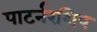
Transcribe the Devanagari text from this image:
पाटर्नरशिप